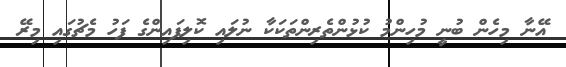
އޭނާ މިހެން ބުނީ މުހިންމު ކުޅުންތެރިންތަކަކާ ނުލައި ކޮލިފައިންގެ ފަހު މެޗުގައި މިރޭ